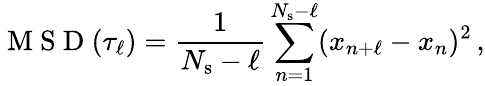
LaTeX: \mathrm{~M~S~D~}(\tau_{\ell})=\frac{1}{N_{\mathrm{s}}-\ell}\sum_{n=1}^{N_{\mathrm{s}}-\ell}(x_{n+\ell}-x_{n})^{2}\, ,